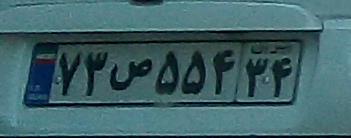
۷۳ص۵۵۴۳۴